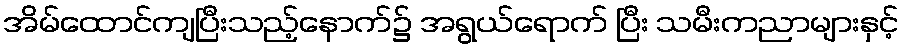
အိမ်ထောင်ကျပြီးသည့်နောက်၌ အရွယ်ရောက် ပြီး သမီးကညာများနှင့်